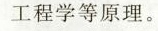
工程学等原理。